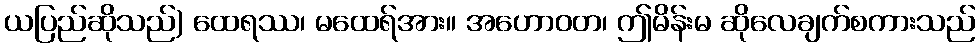
ယပြည်ဆိုသည်) ထေရဿ၊ မထေရ်အား။ အဟောဝတ၊ ဤမိန်းမ ဆိုလေချက်စကားသည်